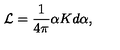
{ \cal L } = \frac { 1 } { 4 \pi } \alpha K d \alpha ,